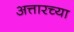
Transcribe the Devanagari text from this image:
अत्तारच्या